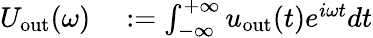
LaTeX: \begin{array}{rl}{U_{\mathrm{out}}(\omega)}&{{}:=\int_{-\infty}^{+\infty}u_{\mathrm{out}}(t)e^{i\omega t}dt}\end{array}